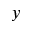
y